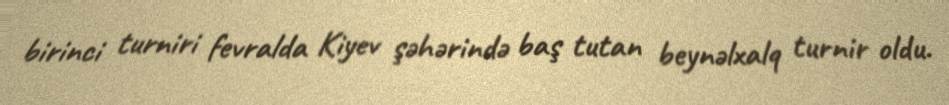
birinci turniri fevralda Kiyev şəhərində baş tutan beynəlxalq turnir oldu.